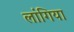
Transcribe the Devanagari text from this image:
लांगिया